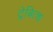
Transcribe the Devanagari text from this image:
ट्रेबित्श